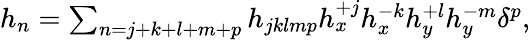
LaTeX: \begin{array}{r}{h_{n}=\sum_{n=j+k+l+m+p}h_{jklmp}h_{x}^{+j}h_{x}^{-k}h_{y}^{+l}h_{y}^{-m}\delta^{p},}\end{array}